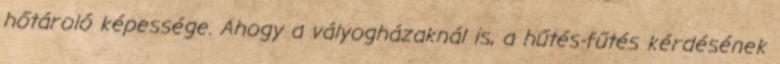
hőtároló képessége. Ahogy a vályogházaknál is, a hűtés-fűtés kérdésének